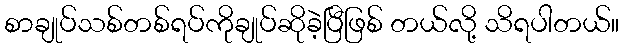
စာချုပ်သစ်တစ်ရပ်ကိုချုပ်ဆိုခဲ့ပြီဖြစ် တယ်လို့ သိရပါတယ်။